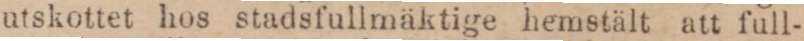
utskottet hos stadsfullmäktige hemstält att full-